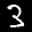
Label: 3